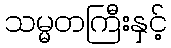
သမ္မတကြီးနှင့်